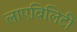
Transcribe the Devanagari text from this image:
लाएबिलिटी